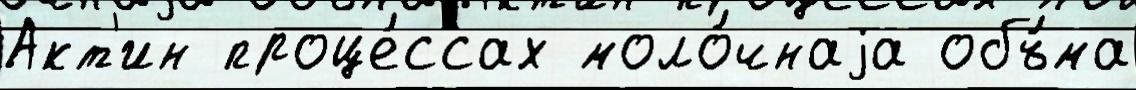
Акт'ин проце́ссах моло́чнаjа объ́ма